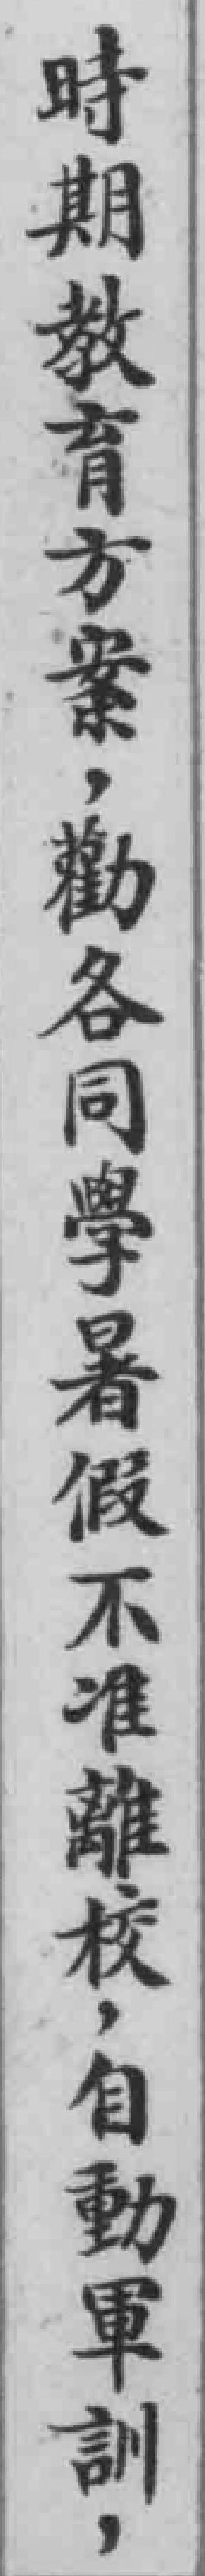
時期教育方案，勸各同學暑假不准離校，自動軍訓，